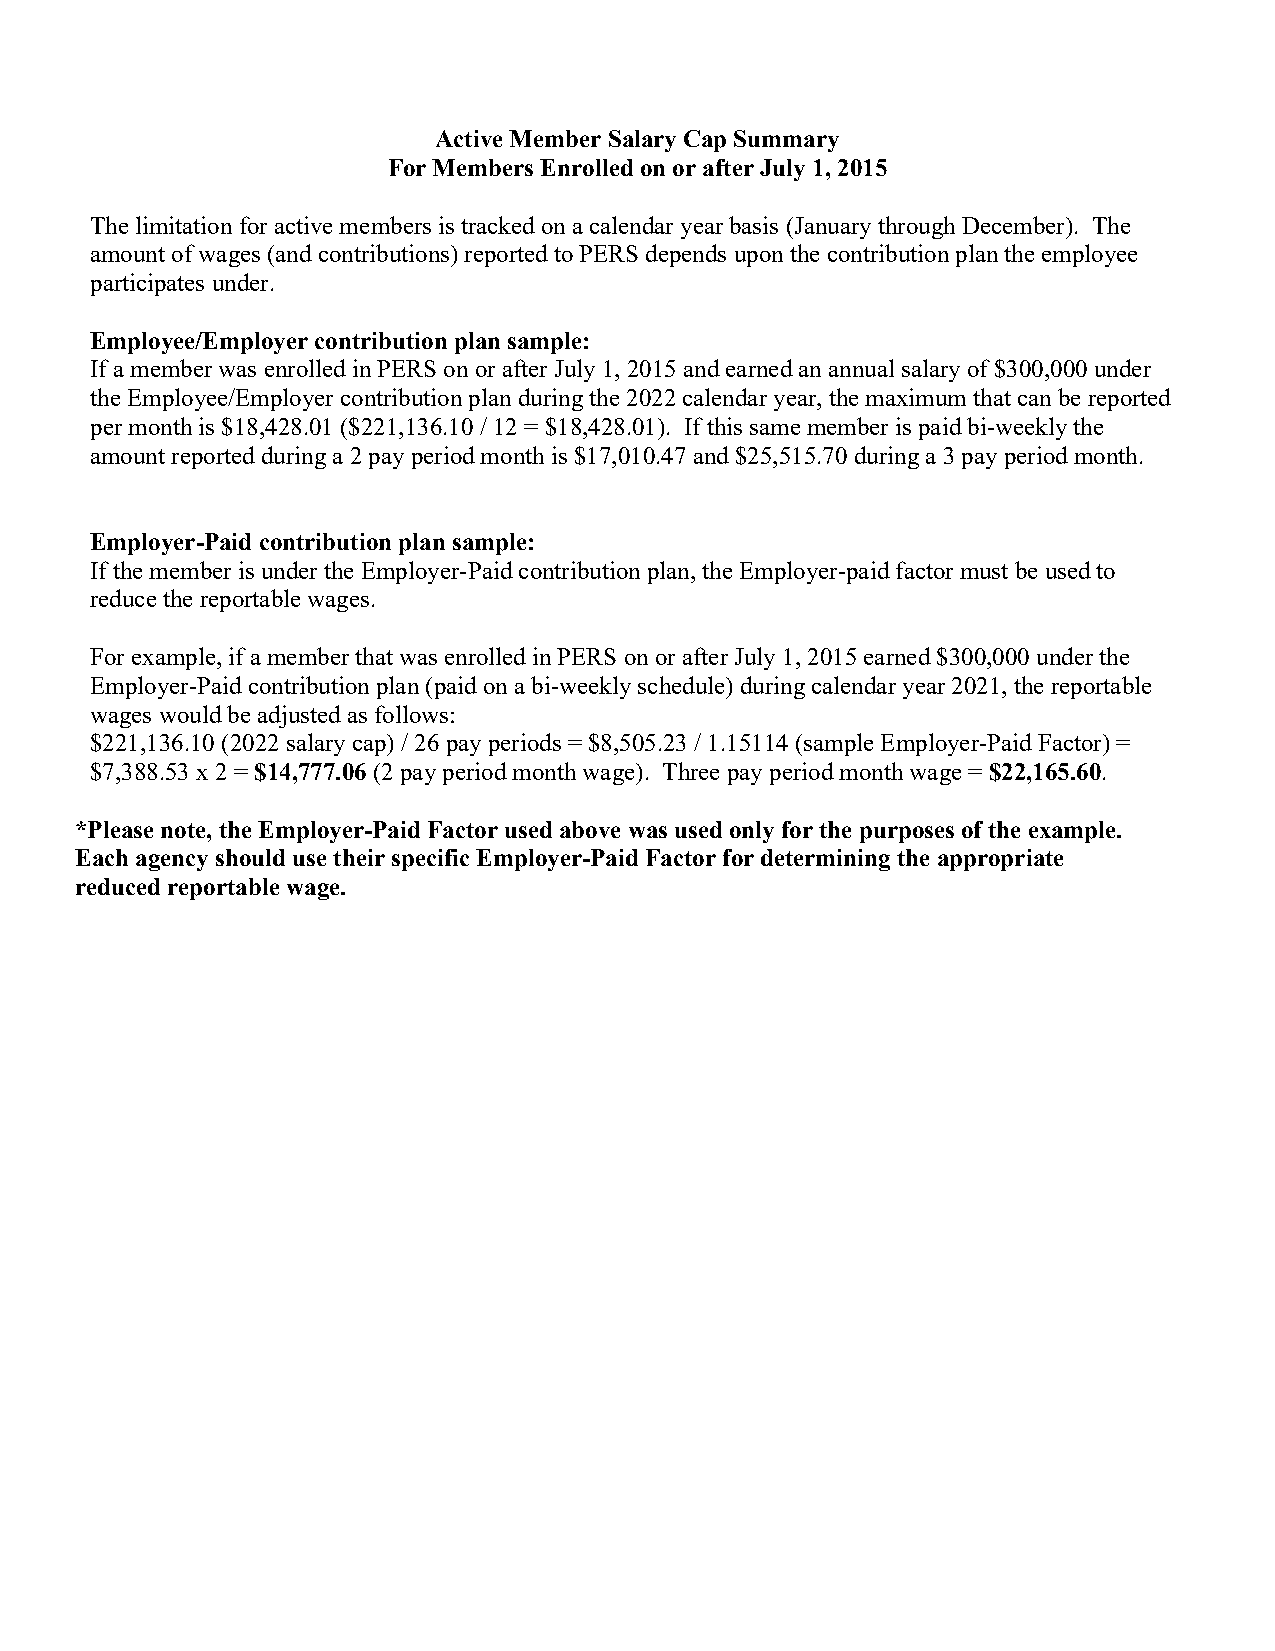
Active Member Salary Cap Summary
 For Members Enrolled on or after July 1, 2015
 The limitation for active members is tracked on a calendar year basis (January through December). The
 amount of wages (and contributions) reported to PERS depends upon the contribution plan the employee
 participates under.
 Employee/Employer contribution plan sample:
 If a member was enrolled in PERS on or after July 1, 2015 and earned an annual salary of $300,000 under
 the Employee/Employer contribution plan during the 2022 calendar year, the maximum that can be reported
 per month is $18,428.01 ($221,136.10 / 12 = $18,428.01). If this same member is paid bi-weekly the
 amount reported during a 2 pay period month is $17,010.47 and $25,515.70 during a 3 pay period month.
 Employer-Paid contribution plan sample:
 If the member is under the Employer-Paid contribution plan, the Employer-paid factor must be used to
 reduce the reportable wages.
 For example, if a member that was enrolled in PERS on or after July 1, 2015 earned $300,000 under the
 Employer-Paid contribution plan (paid on a bi-weekly schedule) during calendar year 2021, the reportable
 wages would be adjusted as follows:
 $221,136.10 (2022 salary cap) / 26 pay periods = $8,505.23 / 1.15114 (sample Employer-Paid Factor) =
 $7,388.53 x 2 = $14,777.06 (2 pay period month wage). Three pay period month wage = $22,165.60.
 *Please note, the Employer-Paid Factor used above was used only for the purposes of the example.
 Each agency should use their specific Employer-Paid Factor for determining the appropriate
 reduced reportable wage.